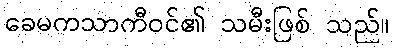
ခေမကသာကီဝင်၏ သမီးဖြစ် သည်။